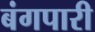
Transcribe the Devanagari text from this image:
बंगपारी